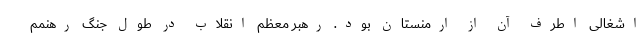
اشغالی اطرف آن از ارمنستان بود. رهبر معظم انقلاب در طول جنگ رهنمم